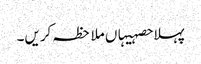
پہلا حصہیہاں ملاحظہ کریں۔